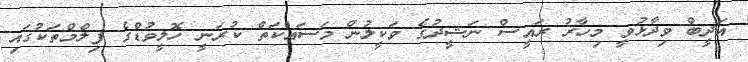
އަދީބް ވިދާޅުވީ މިހާރު ރައީސް ނަޝީދުގެ ވަކީލުން މަސައްކަތް ކުރަނީ ހޮލީވުޑްގެ ފިލްމްތަކުގައި